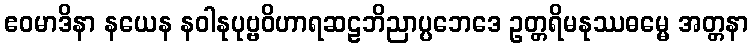
ဧဝမာဒိနာ နယေန နဝါနုပုဗ္ဗဝိဟာရဆဠဘိညာပ္ပဘေဒေ ဥတ္တရိမနုဿဓမ္မေ အတ္တနာ